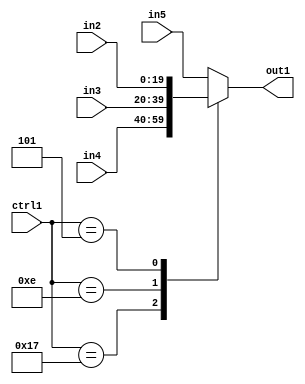
`timescale 1ps / 1ps
/*****************************************************************************
    Verilog RTL Description
    
    
    Created by: Stratus DpOpt 21.05.01 
*******************************************************************************/

module SobelFilter_N_Mux_20_4_7_1 (
	in5,
	in4,
	in3,
	in2,
	ctrl1,
	out1
	); /* architecture "behavioural" */ 
input [19:0] in5,
	in4,
	in3,
	in2;
input [4:0] ctrl1;
output [19:0] out1;
wire [19:0] asc001;

reg [19:0] asc001_tmp_0;
assign asc001 = asc001_tmp_0;
always @ (ctrl1 or in4 or in3 or in2 or in5) begin
	casez (ctrl1)
		5'B10111 : asc001_tmp_0 = in4 ;
		5'B01110 : asc001_tmp_0 = in3 ;
		5'B00101 : asc001_tmp_0 = in2 ;
		default : asc001_tmp_0 = in5 ;
	endcase
end

assign out1 = asc001;
endmodule

/* CADENCE  v7f2TQ4= : u9/ySxbfrwZIxEzHVQQV8Q== ** DO NOT EDIT THIS LINE ******/